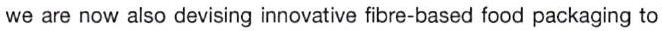
we are now also devising innovative fibre-based food packaging to